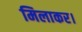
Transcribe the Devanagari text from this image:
मिलाकर।